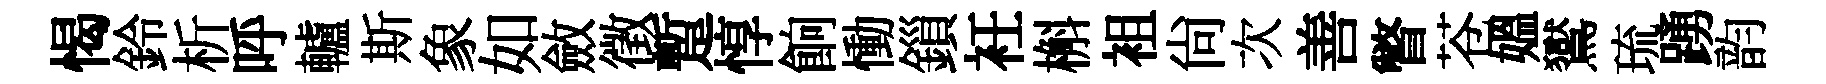
愒鈴析呼轤斯象如斂徵蹔惇餉慟鎻衽槲袓尙次善瞥苍媪鸑琉踴韵